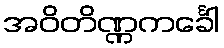
အဝိတိဏ္ဏကင်္ခေါ